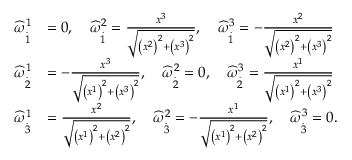
\begin{array} { r l } { \widehat { \omega } _ { \overset { . } { 1 } } ^ { 1 } } & { = 0 , \quad \widehat { \omega } _ { \overset { . } { 1 } } ^ { 2 } = \frac { x ^ { 3 } } { \sqrt { \left( x ^ { 2 } \right) ^ { 2 } + \left( x ^ { 3 } \right) ^ { 2 } } } , \quad \widehat { \omega } _ { \overset { . } { 1 } } ^ { 3 } = - \frac { x ^ { 2 } } { \sqrt { \left( x ^ { 2 } \right) ^ { 2 } + \left( x ^ { 3 } \right) ^ { 2 } } } } \\ { \widehat { \omega } _ { \overset { . } { 2 } } ^ { 1 } } & { = - \frac { x ^ { 3 } } { \sqrt { \left( x ^ { 1 } \right) ^ { 2 } + \left( x ^ { 3 } \right) ^ { 2 } } } , \quad \widehat { \omega } _ { \overset { . } { 2 } } ^ { 2 } = 0 , \quad \widehat { \omega } _ { \overset { . } { 2 } } ^ { 3 } = \frac { x ^ { 1 } } { \sqrt { \left( x ^ { 1 } \right) ^ { 2 } + \left( x ^ { 3 } \right) ^ { 2 } } } } \\ { \widehat { \omega } _ { \overset { . } { 3 } } ^ { 1 } } & { = \frac { x ^ { 2 } } { \sqrt { \left( x ^ { 1 } \right) ^ { 2 } + \left( x ^ { 2 } \right) ^ { 2 } } } , \quad \widehat { \omega } _ { \overset { . } { 3 } } ^ { 2 } = - \frac { x ^ { 1 } } { \sqrt { \left( x ^ { 1 } \right) ^ { 2 } + \left( x ^ { 2 } \right) ^ { 2 } } } , \quad \widehat { \omega } _ { \overset { . } { 3 } } ^ { 3 } = 0 . } \end{array}